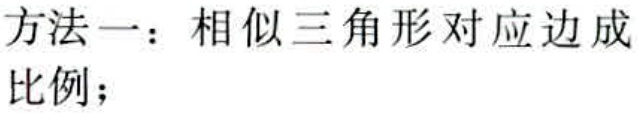
方法一：相似三角形对应边成比例；